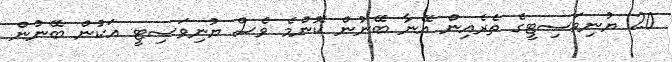
20 ޔުނިވަސިޓީގެ ތެރެއިން އޭނާ ބޭނުން ކޮންމެ ވެސް ޔުނިވަސިޓީ އަކުން ބޭނުން